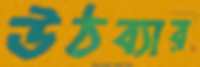
উঠব্যার